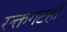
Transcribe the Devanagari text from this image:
रक्तगटही